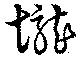
壟